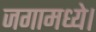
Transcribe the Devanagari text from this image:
जगामध्ये।